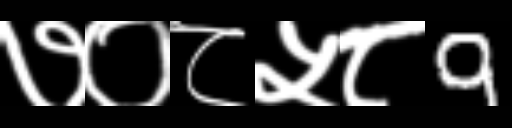
Text: ७०८५८9